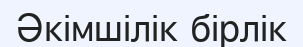
Әкімшілік бірлік